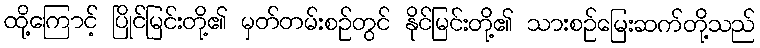
ထို့ကြောင့် ပြိုင်မြင်းတို့၏ မှတ်တမ်းစဉ်တွင် နိုင်မြင်းတို့၏ သားစဉ်မြေးဆက်တို့သည်